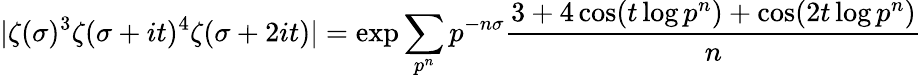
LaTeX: |\zeta(\sigma)^{3}\zeta(\sigma+it)^{4}\zeta(\sigma+2it)|=\exp\sum_{p^{n}}p^{-n\sigma}{\frac{3+4\cos(t\log p^{n})+\cos(2t\log p^{n})}{n}}